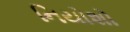
નિયોશો